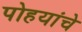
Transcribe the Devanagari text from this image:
पोहयांचे